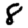
Digit: 8